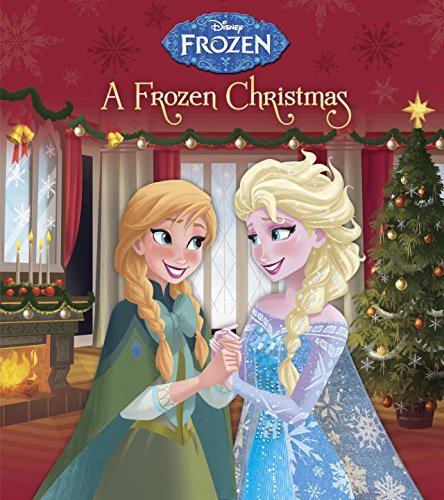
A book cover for A Frozen Christmas (Disney Frozen) (Glitter Board Book); Andrea Posner-Sanchez; Children's Books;